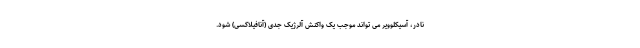
نادر، آسیکلوویر می تواند موجب یک واکنش آلرژیک جدی (آنافیلاکسی) شود.